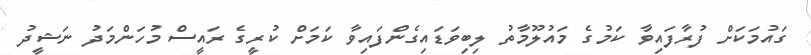
ގައުމަކަށް ފުރާފައިވާ ކަމުގެ މައުލޫމާތު ލިބިވަޑައިގެންފައިވާ ކަމަށް ކުރީގެ ރައީސް މުހަންމަދު ނަޝީދު